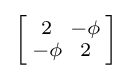
\left[{\begin{smallmatrix}2&-\phi \\-\phi &2\end{smallmatrix}}\right]